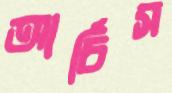
আর্চিস